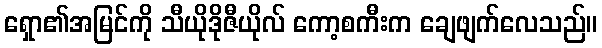
ရှော၏အမြင်ကို သီယိုဒိုဇီယိုလ် ကော့စကီးက ချေဖျက်လေသည်။